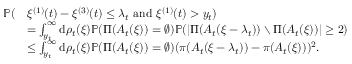
\begin{array} { r l } { \mathbb { P } ( } & { \xi ^ { ( 1 ) } ( t ) - \xi ^ { ( 3 ) } ( t ) \leq \lambda _ { t } \mathrm { ~ a n d ~ } \xi ^ { ( 1 ) } ( t ) > y _ { t } ) } \\ & { = \int _ { y _ { t } } ^ { \infty } \mathrm d \rho _ { t } ( \xi ) \mathbb { P } ( \Pi ( A _ { t } ( \xi ) ) = \varnothing ) \mathbb { P } ( | \Pi ( A _ { t } ( \xi - \lambda _ { t } ) ) \setminus \Pi ( A _ { t } ( \xi ) ) | \geq 2 ) } \\ & { \leq \int _ { y _ { t } } ^ { \infty } \mathrm d \rho _ { t } ( \xi ) \mathbb { P } ( \Pi ( A _ { t } ( \xi ) ) = \varnothing ) ( \pi ( A _ { t } ( \xi - \lambda _ { t } ) ) - \pi ( A _ { t } ( \xi ) ) ) ^ { 2 } . } \end{array}